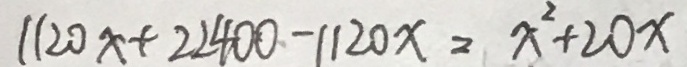
1 1 2 0 x + 2 2 4 0 0 - 1 1 2 0 x = x ^ { 2 } + 2 0 x